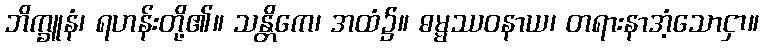
ဘိက္ခူနံ၊ ရဟန်းတို့၏။ သန္တိကေ၊ အထံ၌။ ဓမ္မဿဝနာယ၊ တရားနာအံ့သောငှာ။